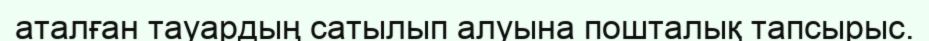
аталған тауардың сатылып алуына пошталық тапсырыс.